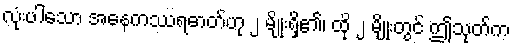
လုံးပါသော အနေကဿရဓာတ်ဟု ၂ မျိုးရှိ၏၊ ထို ၂ မျိုးတွင် ဤသုတ်က